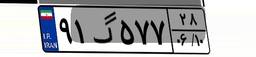
۲۷گ۱۵۸۳۴